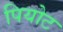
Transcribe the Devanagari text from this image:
पियोट